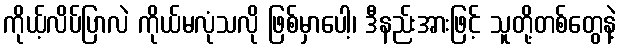
ကိုယ့်လိပ်ပြာလဲ ကိုယ်မလုံသလို ဖြစ်မှာပေါ့၊ ဒီနည်းအားဖြင့် သူတို့တစ်တွေနဲ့